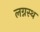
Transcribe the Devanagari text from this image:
लग्नस्थ